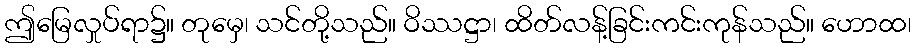
ဤမြေလှုပ်ရာ၌။ တုမှေ၊ သင်တို့သည်။ ဝိဿဋ္ဌာ၊ ထိတ်လန့်ခြင်းကင်းကုန်သည်။ ဟောထ၊